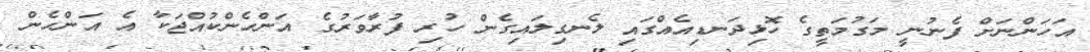
އަހަންނަށް ފެނުނީ މަގުމަތީގެ ހޮޅިދަނޑިއެއްގައި ލެނގިލައިގެން ހުރި ފުރާވަރުގެ އަންހެންކުއްޖަކާ އެ އަންހެން